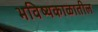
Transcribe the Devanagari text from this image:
भविष्यकाळातील